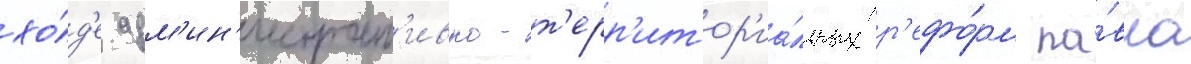
хо́д'е адм'ин'истрат'ивно-т'ерр'итор'иа́льных р'ефо́рм па́вла